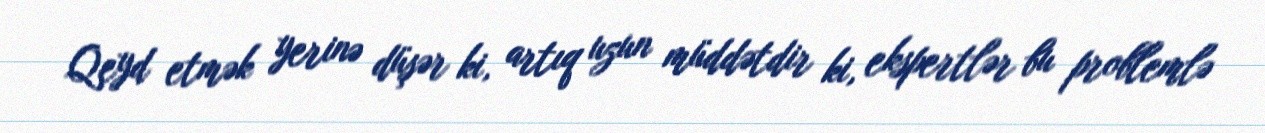
Qeyd etmək yerinə düşər ki, artıq uzun müddətdir ki, ekspertlər bu problemlə